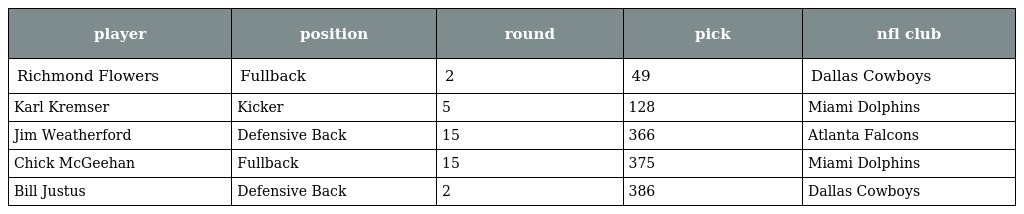
| player | position | round | pick | nfl club |
 | --- | --- | --- | --- | --- |
 | Richmond Flowers | Fullback | 2 | 49 | Dallas Cowboys |
 | Karl Kremser | Kicker | 5 | 128 | Miami Dolphins |
 | Jim Weatherford | Defensive Back | 15 | 366 | Atlanta Falcons |
 | Chick McGeehan | Fullback | 15 | 375 | Miami Dolphins |
 | Bill Justus | Defensive Back | 2 | 386 | Dallas Cowboys |